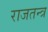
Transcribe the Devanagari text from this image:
राजतन्‍त्र